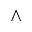
\wedge